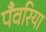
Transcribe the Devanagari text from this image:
पँवरिया